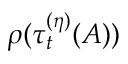
\rho ( \tau _ { t } ^ { ( \eta ) } ( A ) )